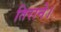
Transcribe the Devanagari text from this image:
तिराने।